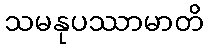
သမနုပဿာမာတိ